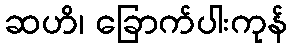
ဆဟိ၊ ခြောက်ပါးကုန်